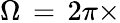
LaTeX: \Omega\, =\, 2\pi\times